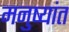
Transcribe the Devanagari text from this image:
मनुष्यांत